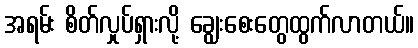
အရမ်း စိတ်လှုပ်ရှားလို့ ချွေးစေးတွေထွက်လာတယ်။